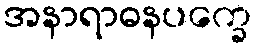
အနာရာဓနပက္ခေ